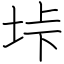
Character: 垰